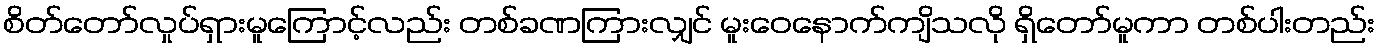
စိတ်တော်လှုပ်ရှားမူကြောင့်လည်း တစ်ခဏကြားလျှင် မူးဝေနောက်ကျိသလို ရှိတော်မူကာ တစ်ပါးတည်း